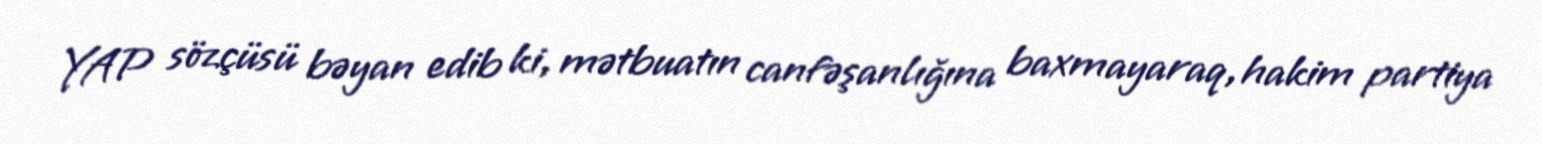
YAP sözçüsü bəyan edib ki, mətbuatın canfəşanlığına baxmayaraq, hakim partiya